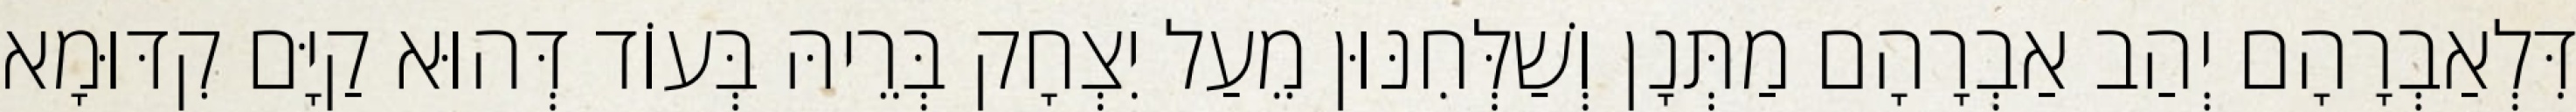
דִּלְאַבְרָהָם יְהַב אַבְרָהָם מַתְּנָן וְשַׁלְּחִנּוּן מֵעַל יִצְחָק בְּרֵיהּ בְּעוֹד דְּהוּא קַיָּם קִדּוּמָא